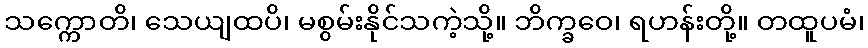
သက္ကောတိ၊ သေယျထပိ၊ မစွမ်းနိုင်သကဲ့သို့။ ဘိက္ခဝေ၊ ရဟန်းတို့။ တထူပမံ၊